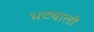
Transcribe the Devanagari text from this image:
भट्याली